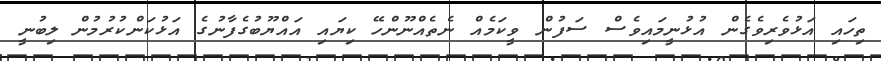
ތިހައި އަޅުވެރިވެގެން އުޅުނީމައިވެސް ސަފުން ވީކަމެއް ނެތެއްނޫންހޭ ކިޔައި އައްޔޫބުގެފާނުގެ އަޅުކަންކުރުމުން ލިބުނީ